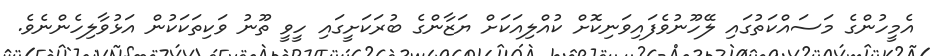
އެމީހުންގެ މަސައްކަތުގައި ލޭހޫނުވެފައިވަނިކޮށް ކުއްލިއަކަށް ޔަޒާންގެ ބުރަކަށީގައި ހީވީ ތޫނު ވަކިތަކަކުން އަޅުވާލިހެންނެވެ.